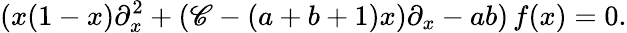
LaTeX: (x(1-x)\partial_{x}^{2}+(\mathscr{C}-(a+b+1)x)\partial_{x}-ab)\, f(x)=0.